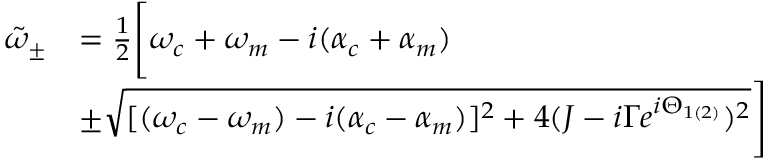
\begin{array} { r l } { \tilde { \omega } _ { \pm } } & { = \frac { 1 } { 2 } \Bigg [ \omega _ { c } + \omega _ { m } - i ( \alpha _ { c } + \alpha _ { m } ) } \\ & { \pm \sqrt { [ ( \omega _ { c } - \omega _ { m } ) - i ( \alpha _ { c } - \alpha _ { m } ) ] ^ { 2 } + 4 ( J - i \Gamma e ^ { i \Theta _ { 1 ( 2 ) } } ) ^ { 2 } } \Bigg ] } \end{array}